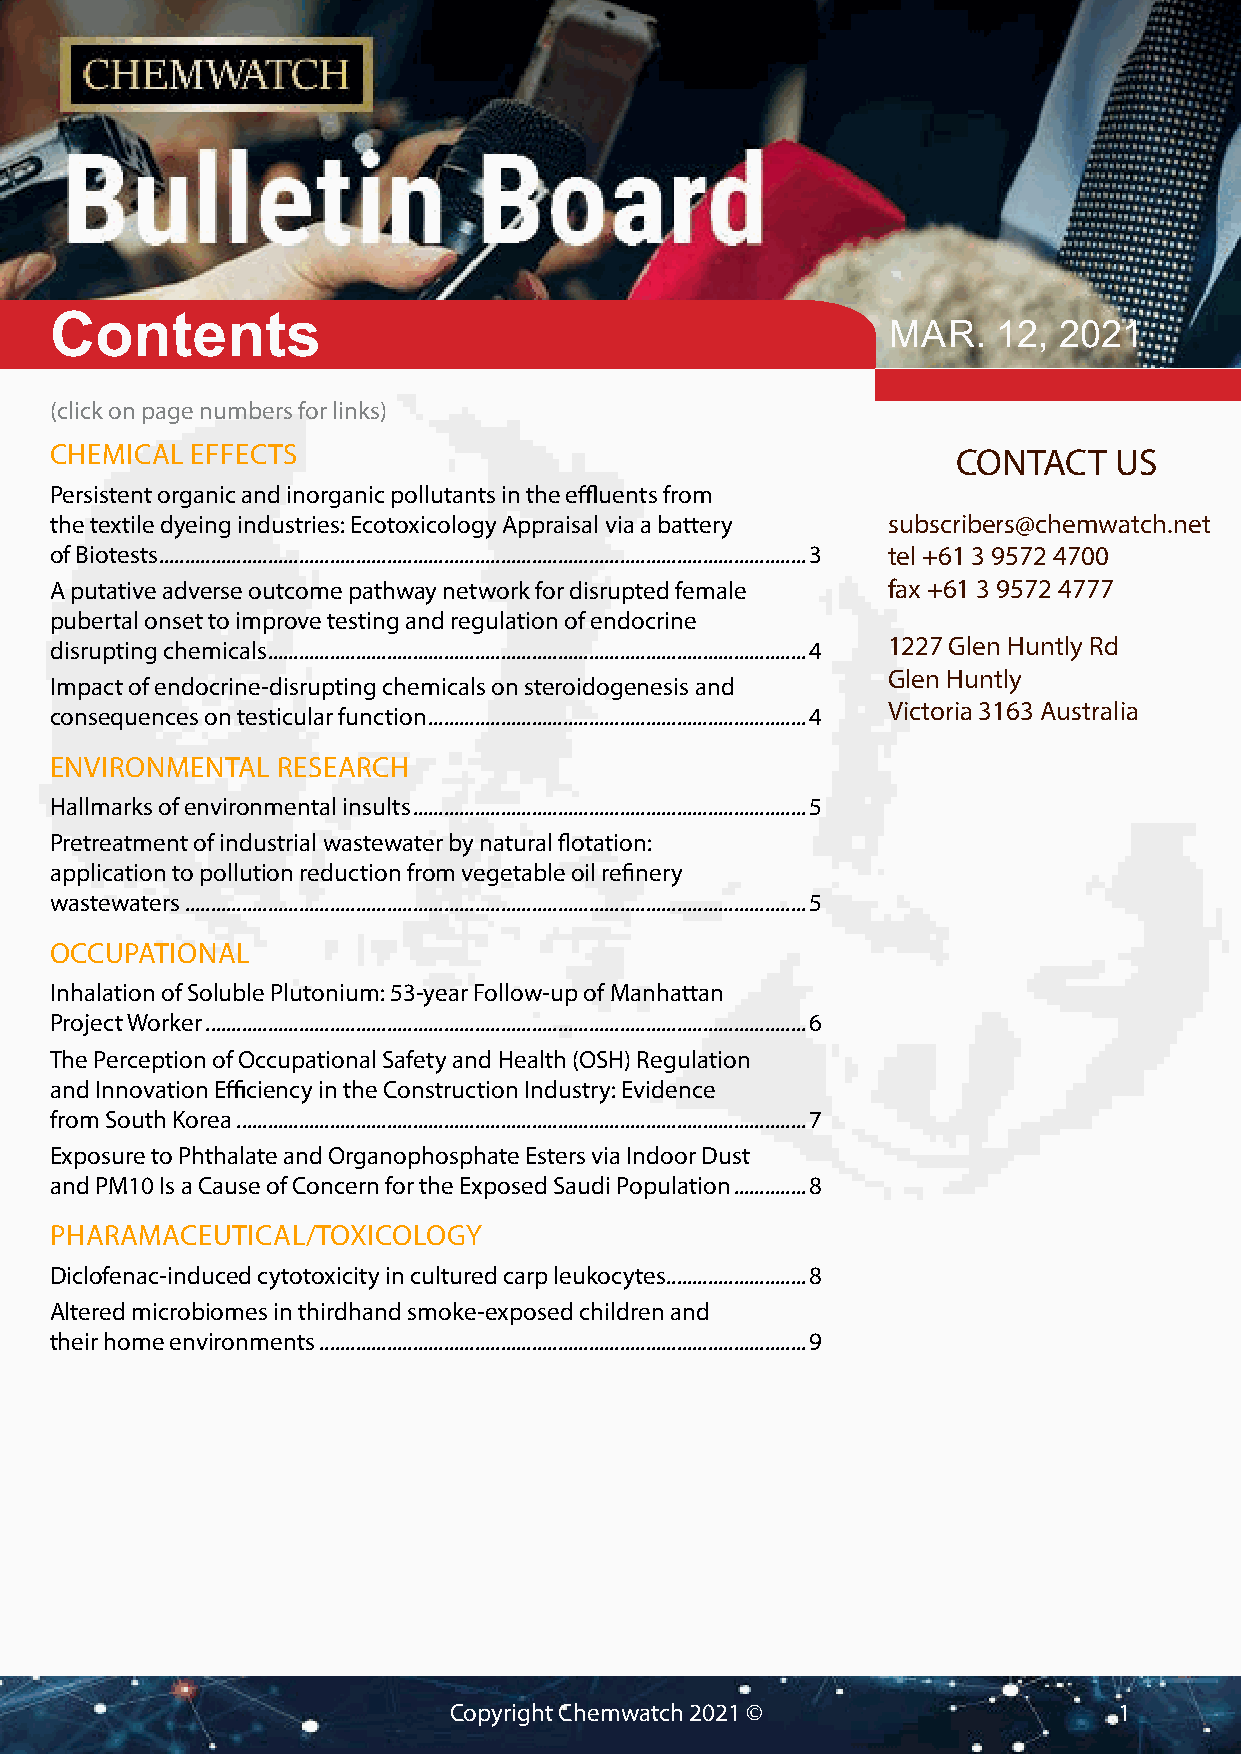
Contents                                                Mar.   12, 2021
 (click on page numbers for links)
 CHEMICAL  EFFECTS                                           CONTACT    US
 Persistent organic and inorganic pollutants in the effluents from
 the textile dyeing industries: Ecotoxicology Appraisal via a battery subscribers@chemwatch.net
 of Biotests .............................................................................................................................3 tel +61 3 9572 4700
 A putative adverse outcome pathway network for disrupted female fax +61 3 9572 4777
 pubertal onset to improve testing and regulation of endocrine
 disrupting chemicals ........................................................................................................4 1227 Glen Huntly Rd
 Glen Huntly
 Impact of endocrine-disrupting chemicals on steroidogenesis and
 Victoria 3163 Australia
 consequences on testicular function .........................................................................4
 ENVIRONMENTAL  RESEARCH
 Hallmarks of environmental insults ............................................................................5
 Pretreatment of industrial wastewater by natural flotation:
 application to pollution reduction from vegetable oil refinery
 wastewaters ........................................................................................................................5
 OCCUPATIONAL
 Inhalation of Soluble Plutonium: 53-year Follow-up of Manhattan
 Project Worker ....................................................................................................................6
 The Perception of Occupational Safety and Health (OSH) Regulation
 and Innovation Efficiency in the Construction Industry: Evidence
 from South Korea ..............................................................................................................7
 Exposure to Phthalate and Organophosphate Esters via Indoor Dust
 and PM10 Is a Cause of Concern for the Exposed Saudi Population ..............8
 PHARAMACEUTICAL/TOXICOLOGY
 Diclofenac-induced cytotoxicity in cultured carp leukocytes ...........................8
 Altered microbiomes in thirdhand smoke-exposed children and
 their home environments ..............................................................................................9
 Copyright Chemwatch 2021 ©                  1